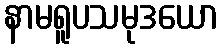
နာမရူပသမုဒယော